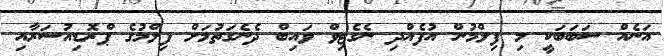
އަނެއް ސަބަބަކީ މި ފިލްމުން އުފެއްދި ނެގެޓިވް ވައިބް ދެނެގަތުމަށް ފިލްމުގެ ޕްރޮޑިއުސަރާއި